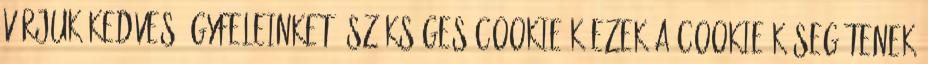
várjuk kedves ügyfeleinket. Szükséges cookie-k Ezek a cookie-k segítenek